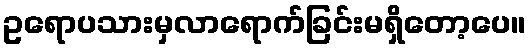
ဥရောပသားမှလာရောက်ခြင်းမရှိတော့ပေ။